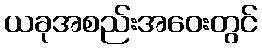
ယခုအစည်းအဝေးတွင်